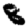
Digit: 8